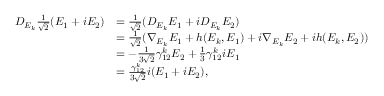
\begin{array} { r l } { D _ { E _ { k } } \frac { 1 } { \sqrt { 2 } } ( E _ { 1 } + i E _ { 2 } ) } & { = \frac { 1 } { \sqrt { 2 } } ( D _ { E _ { k } } E _ { 1 } + i D _ { E _ { k } } E _ { 2 } ) } \\ & { = \frac { 1 } { \sqrt { 2 } } ( \nabla _ { E _ { k } } E _ { 1 } + h ( E _ { k } , E _ { 1 } ) + i \nabla _ { E _ { k } } E _ { 2 } + i h ( E _ { k } , E _ { 2 } ) ) } \\ & { = - \frac { 1 } { 3 \sqrt { 2 } } \gamma _ { 1 2 } ^ { k } E _ { 2 } + \frac { 1 } { 3 } \gamma _ { 1 2 } ^ { k } i E _ { 1 } } \\ & { = \frac { \gamma _ { 1 2 } ^ { k } } { 3 \sqrt { 2 } } i ( E _ { 1 } + i E _ { 2 } ) , } \end{array}